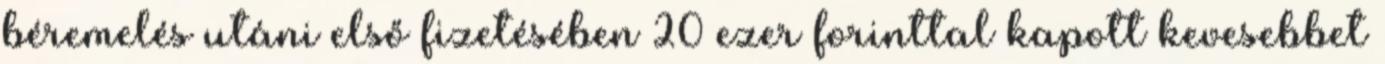
béremelés utáni első fizetésében 20 ezer forinttal kapott kevesebbet